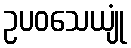
ဥပဝသေယျုံ